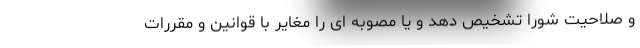
و صلاحیت شورا تشخیص دهد و یا مصوبه ای را مغایر با قوانین و مقررات